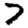
Digit: 7